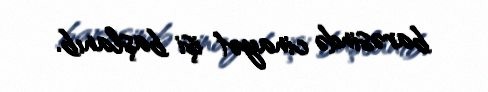
barəsində cinayət işi başlanıb.